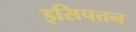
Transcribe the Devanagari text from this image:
इसिपत्तन